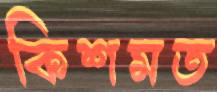
কিশমত